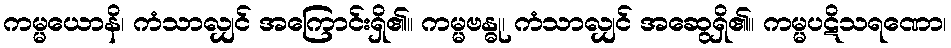
ကမ္မယောနိ၊ ကံသာလျှင် အကြောင်းရှိ၏။ ကမ္မဗန္ဓု၊ ကံသာလျှင် အဆွေရှိ၏။ ကမ္မပဋိသရဏော၊